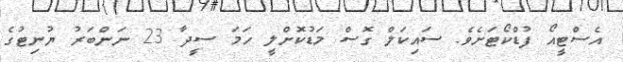
އެސްޓީއޯ ފުޑްކޯޓަށެވެ. ސައިކަލް ގޮސް މަޑުކޮށްލީ ހަމަ ސީދާ 23 ނަންބަރު ޔުނިޓުގެ